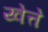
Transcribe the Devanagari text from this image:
य्वेत्ते